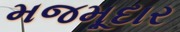
મજમૂદાર